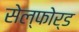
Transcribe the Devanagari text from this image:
सेल्फोर्ड